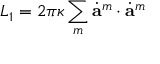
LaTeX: L _ { 1 } = 2 \pi \kappa \sum _ { m } \dot { \bf a } ^ { m } \cdot \dot { \bf a } ^ { m }